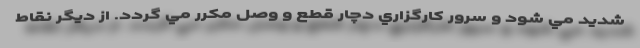
شديد مي شود و سرور كارگزاري دچار قطع و وصل مكرر مي گردد. از ديگر نقاط